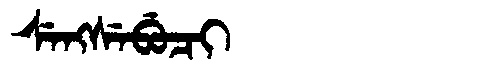
Manchu: ᠰᡝᠩᠰᡝᠪᡠᠴᡳ
Romanization: SENGSEBUCI